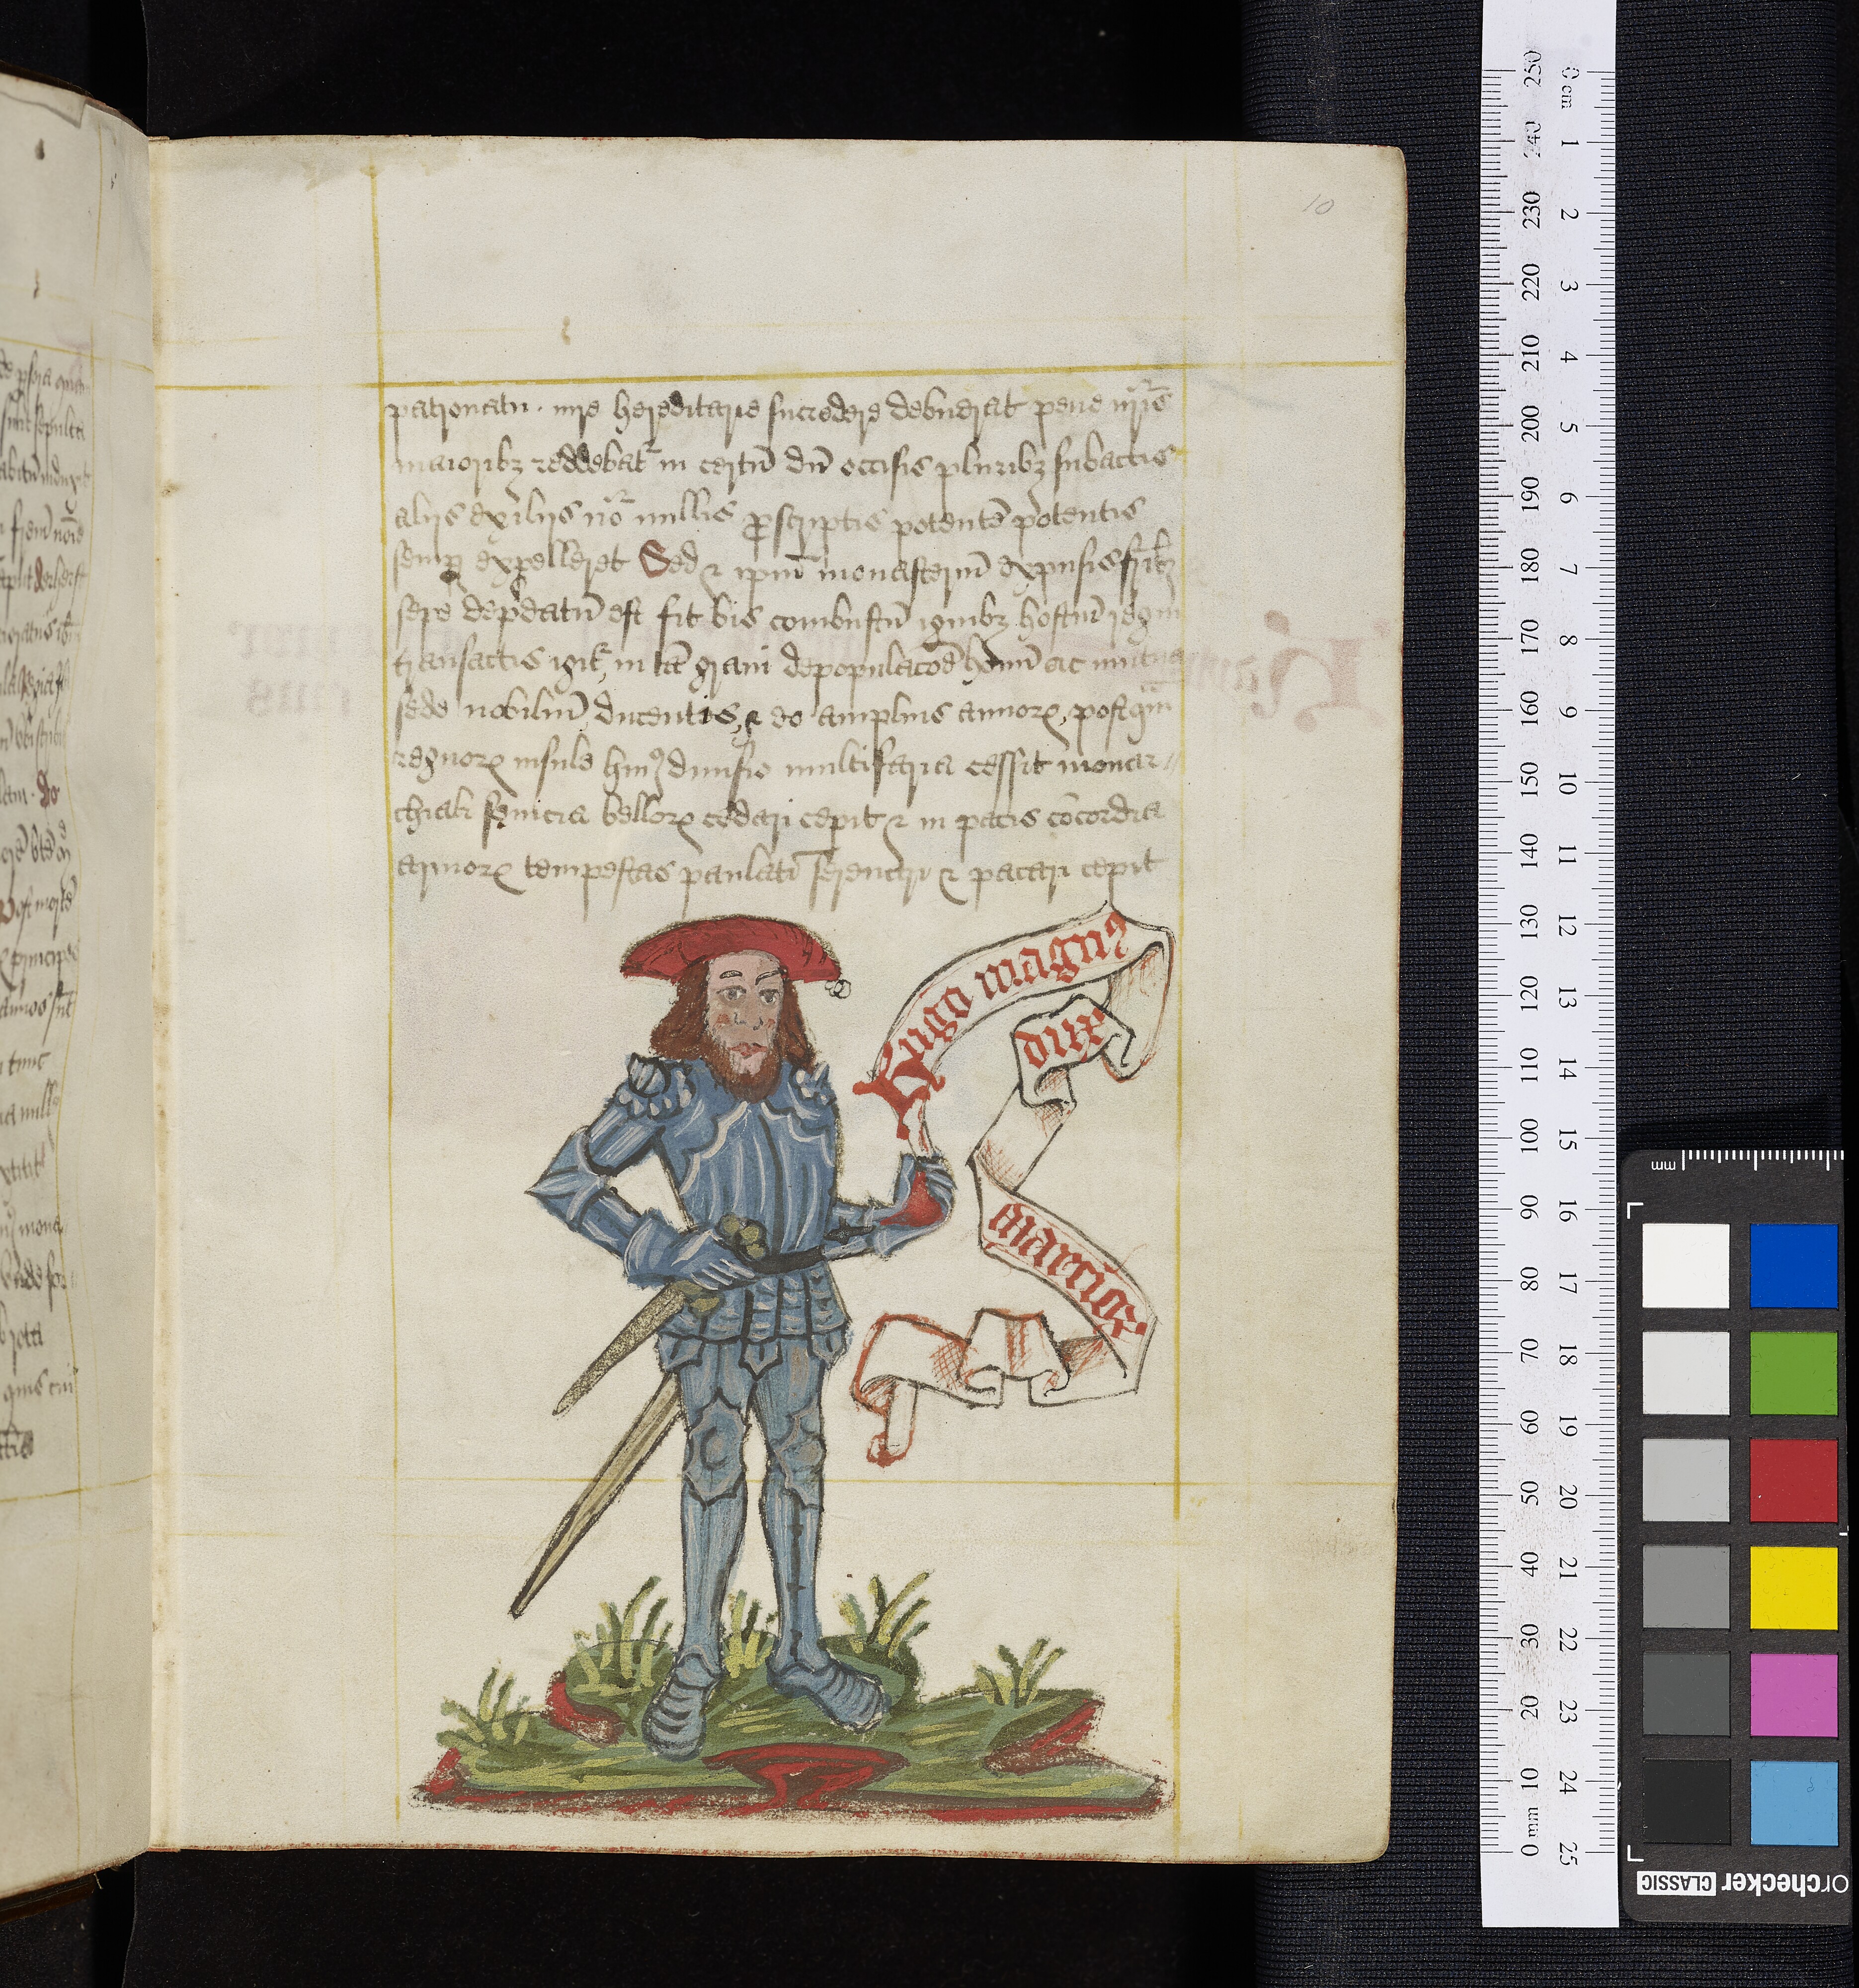
Shelfmark: Oxford, Bodleian Library, ms. Top. Glouc. d. 2
Century: 16